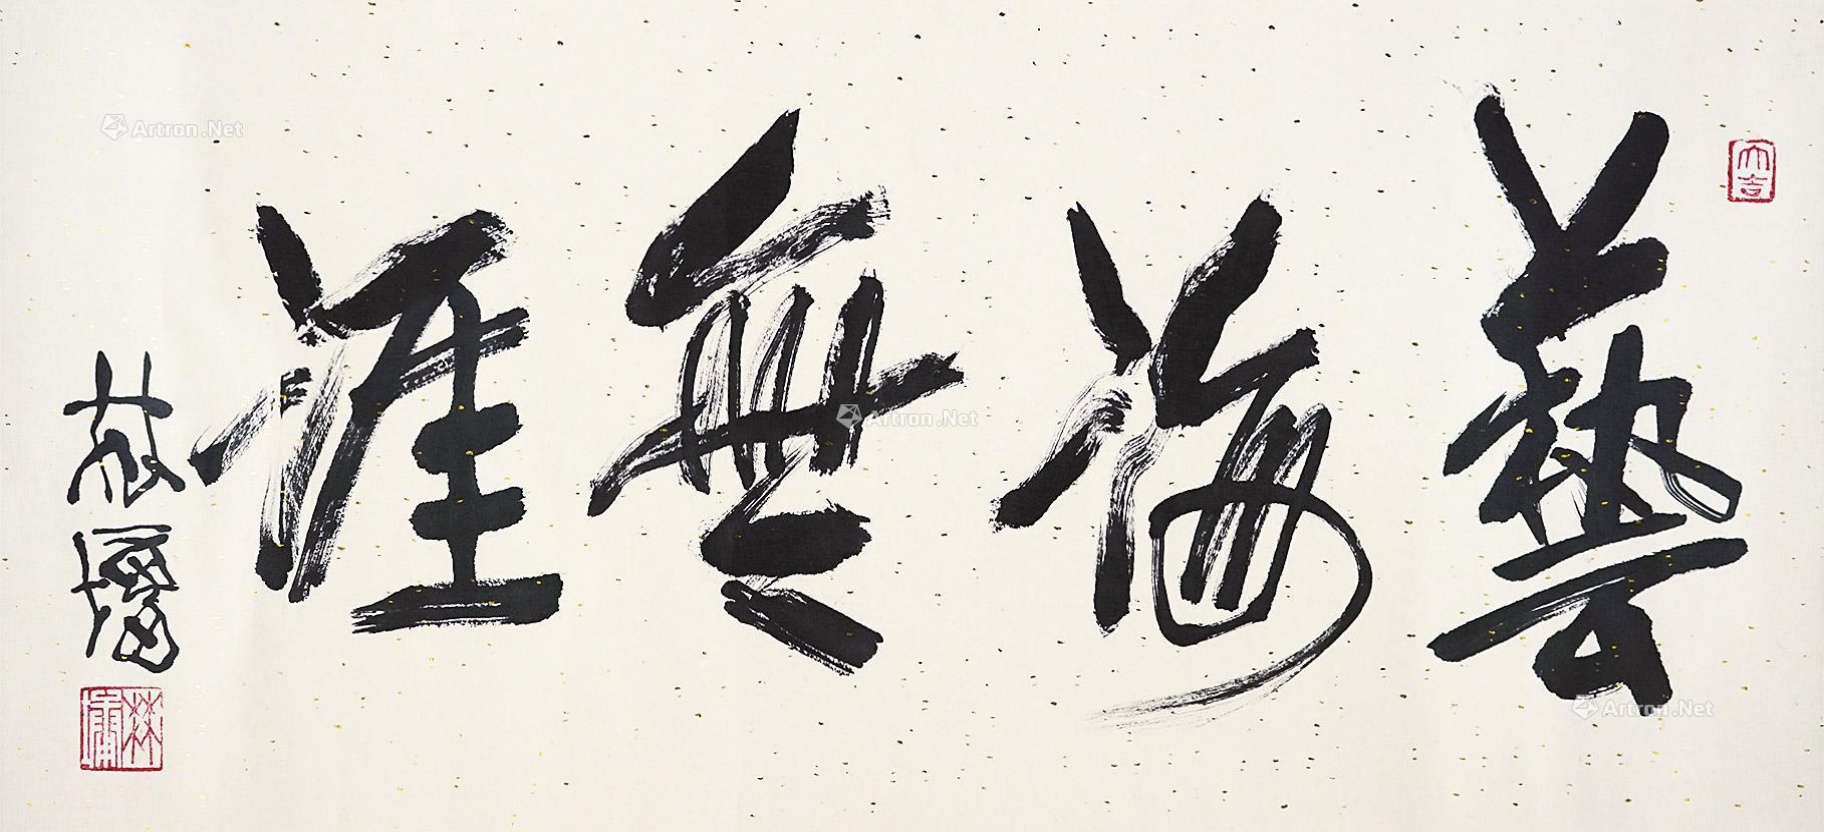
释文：艺海无涯林墉